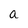
Character: a